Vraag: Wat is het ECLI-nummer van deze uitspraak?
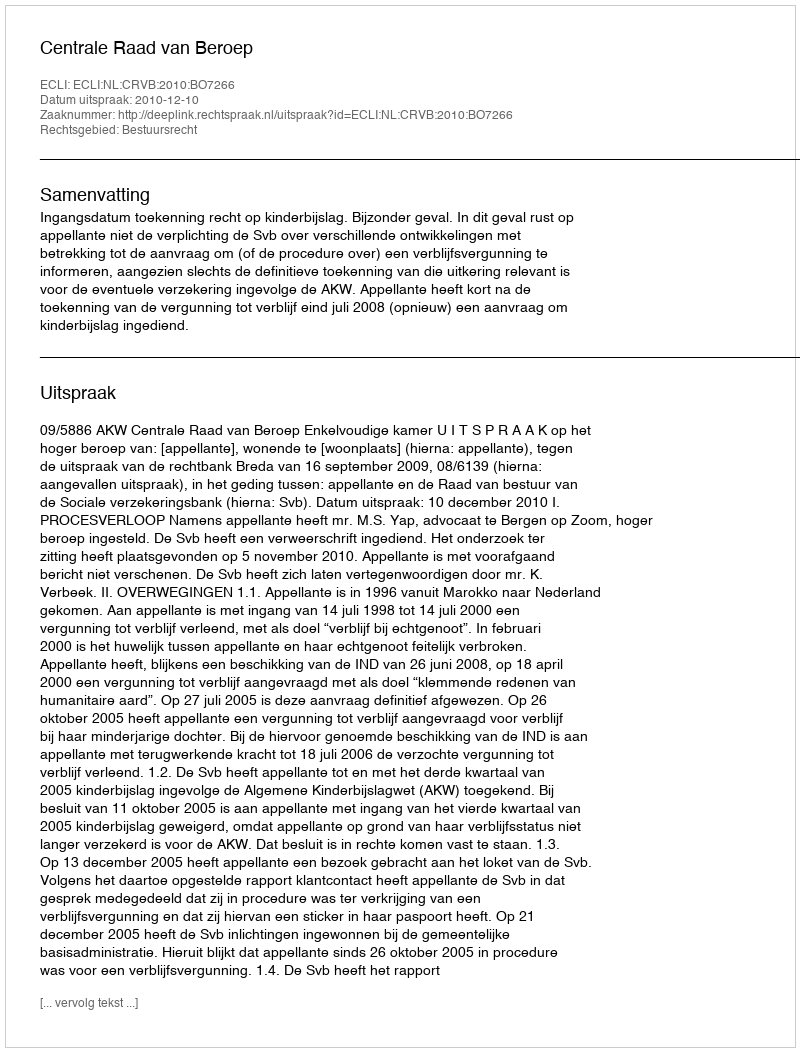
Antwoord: ECLI:NL:CRVB:2010:BO7266